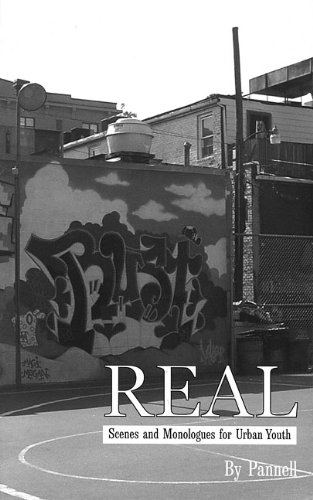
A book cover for Real Scenes and Monologues for Urban Youth (Softcover); Lynn Pannell; Teen & Young Adult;